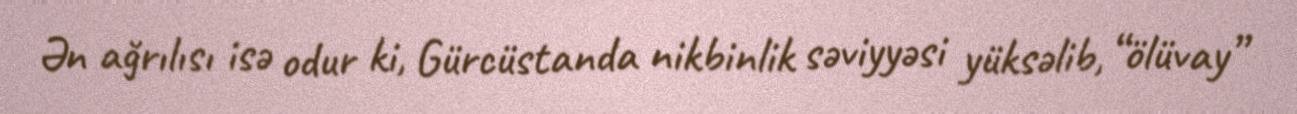
Ən ağrılısı isə odur ki, Gürcüstanda nikbinlik səviyyəsi yüksəlib, “ölüvay”